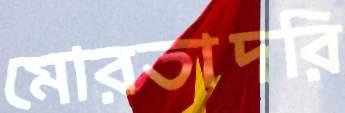
মোরতাদরি